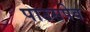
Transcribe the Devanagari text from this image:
पाउसपेव